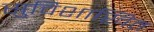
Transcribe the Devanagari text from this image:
सुविशाखित